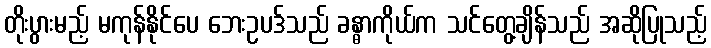
တိုးပွားမည့် မကုန်နိုင်ပေ ဘေးဥပဒ်သည် ခန္ဓာကိုယ်က သင်တွေ့ချိန်သည် အဆိုပြုသည့်